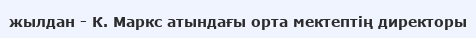
жылдан - К. Маркс атындағы орта мектептің директоры